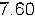
7.60